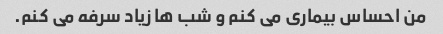
من احساس بیماری می کنم و شب ها زیاد سرفه می کنم.